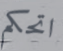
اتحكم